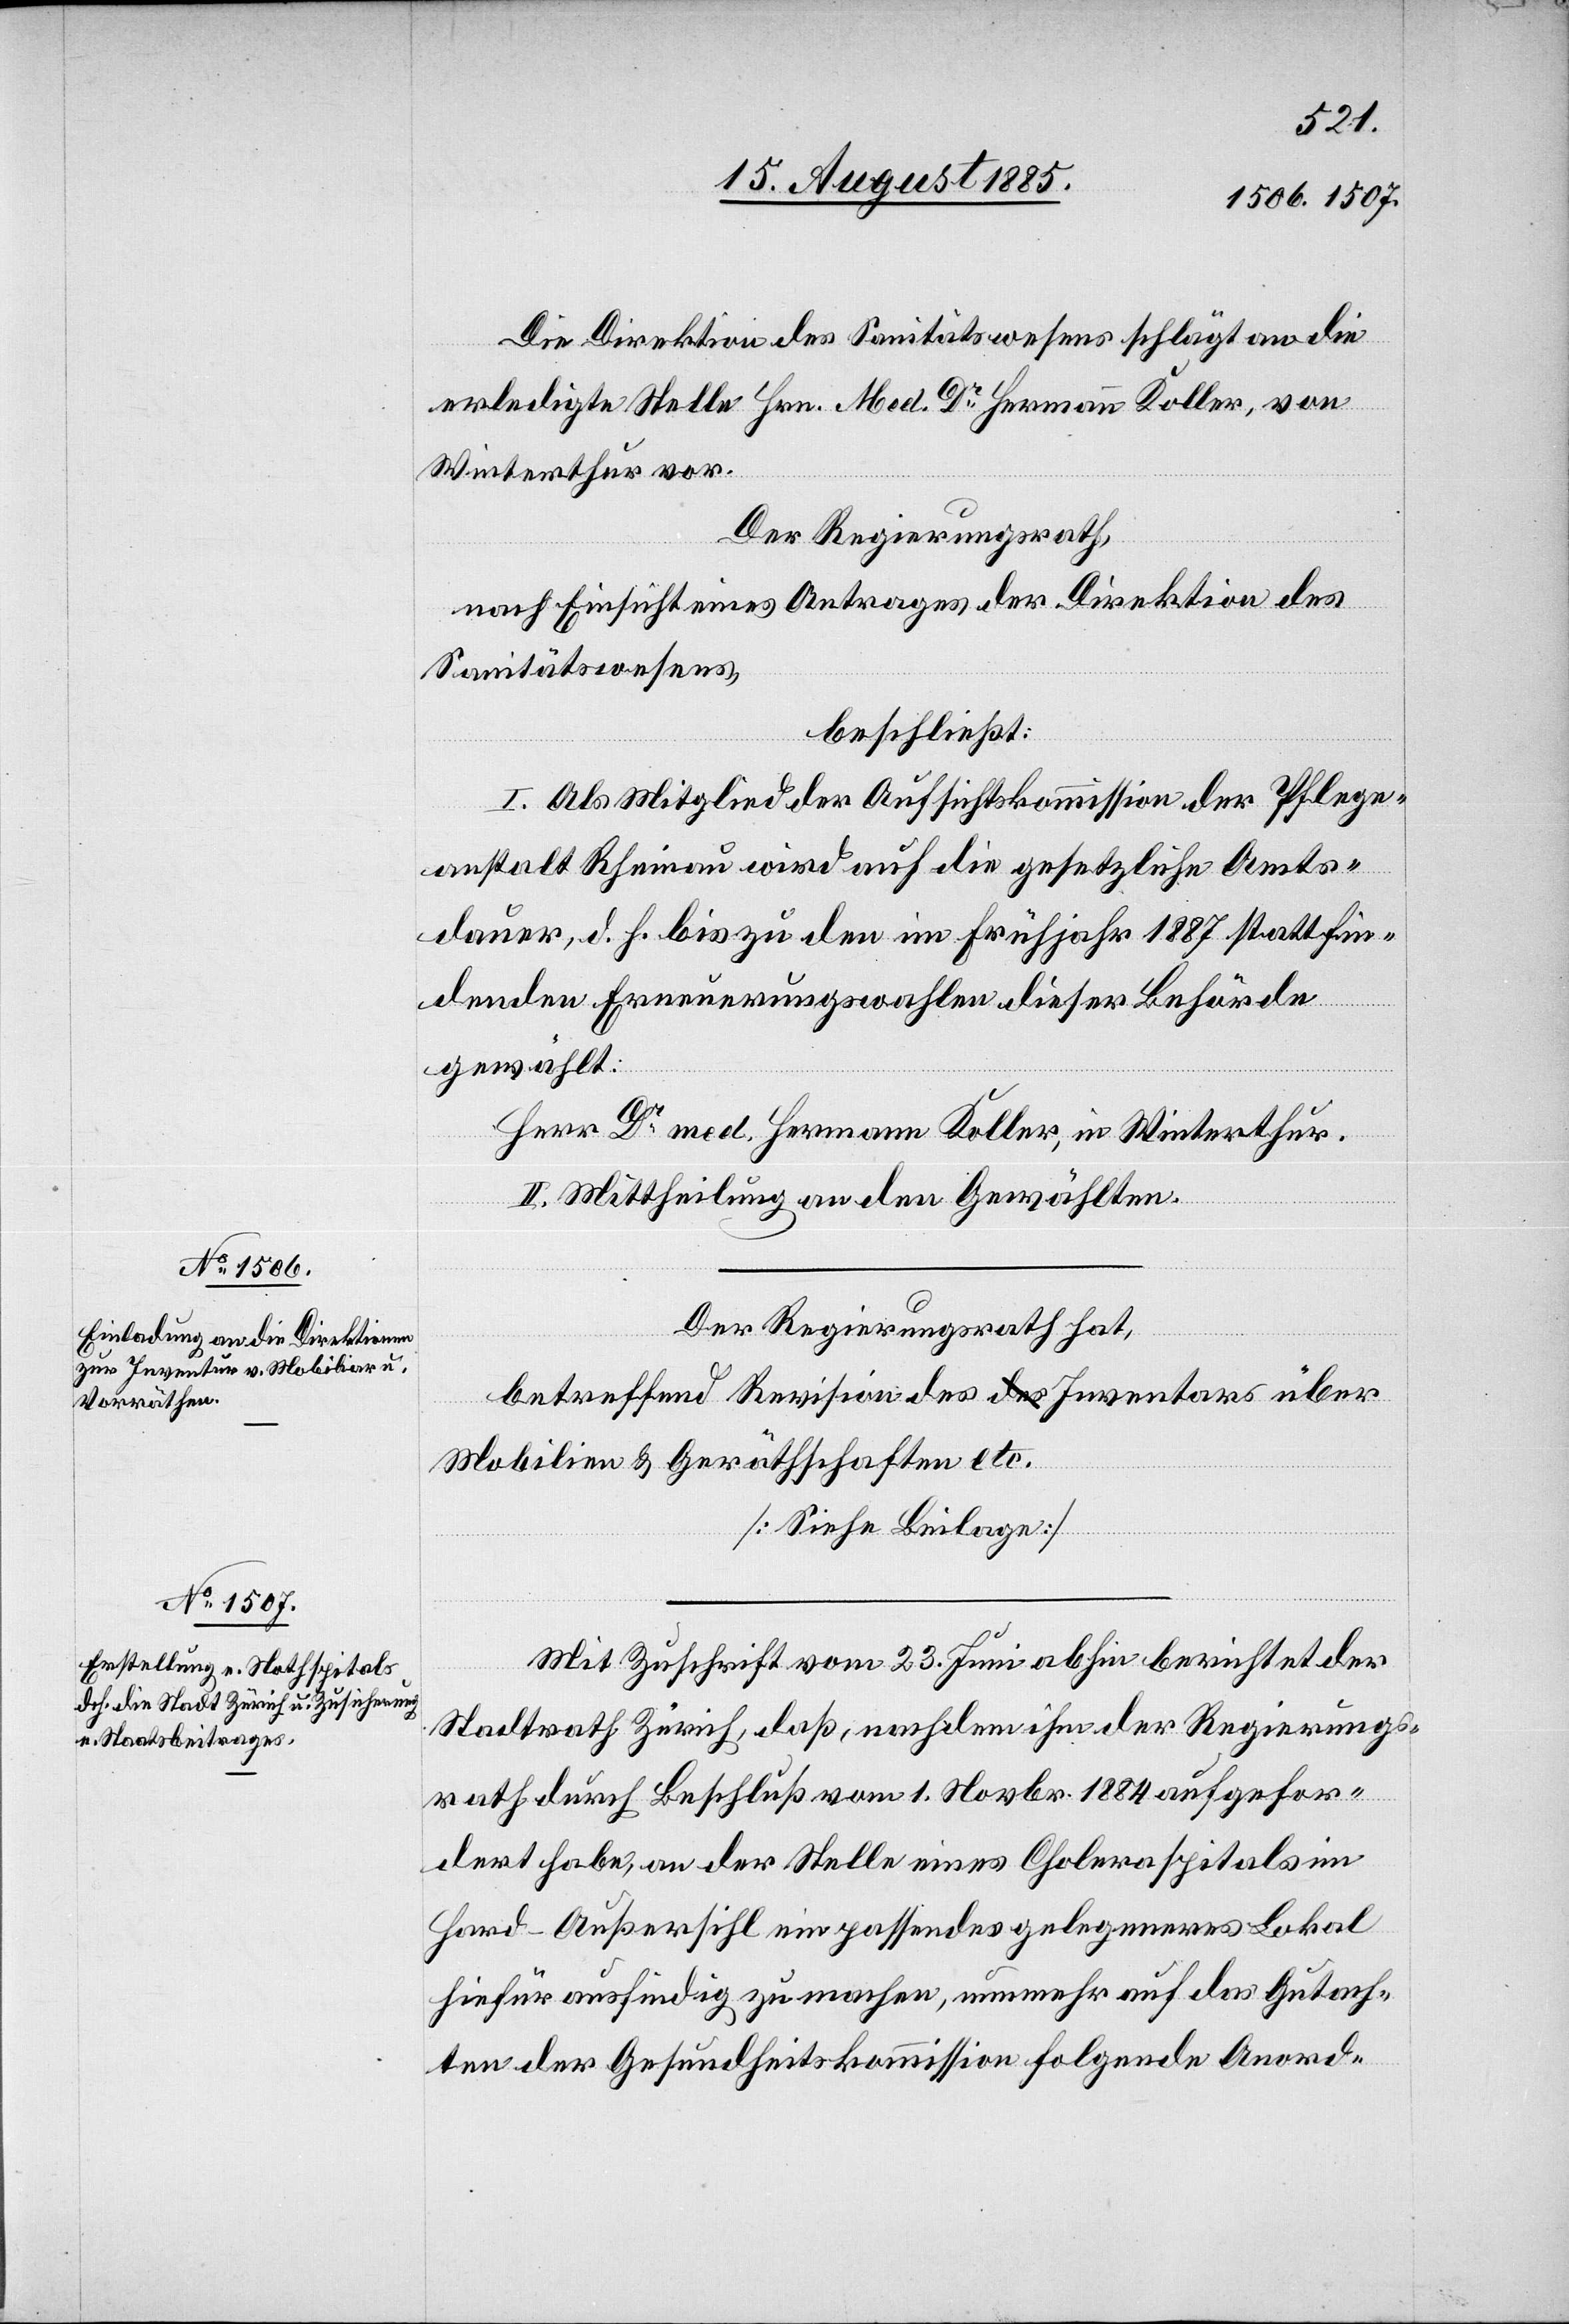
Die Direktion des Sanitätswesens schlägt an die
erledigte Stelle Hrn. Med. Dr Hermann Koller, von
Winterthur vor.
Der Regierungsrath,
nach Einsicht eines Antrages der Direktion des
Sanitätswesens,
beschließt:
I. Als Mitglied der Aufsichtskommission der Pflege¬
anstalt Rheinau wird auf die gesetzliche Amts¬
dauer, d. h. bis zu den im Frühjahr 1887 stattfin¬
denden Erneuerungswahlen dieser Behörde
gewählt.
Herr Dr med. Hermann Koller, in Winterthur.
II. Mittheilung an den Gewählten.
Mit Zuschrift vom 23. Juni abhin berichtet der
Stadtrath Zürich, daß, nachdem ihm [sic!] der Regierungs¬
rath durch Beschluß vom 1. Novbr. 1884 aufgefor¬
dert habe, an der Stelle eines Choleraspitals im
Hard - Außersihl ein passendes gelegeneres Lokal
hiefür ausfindig zu machen, nunmehr auf das Gutach¬
ten der Gesundheitskommission folgende Anord-